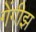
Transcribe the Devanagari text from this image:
गेंगीझ